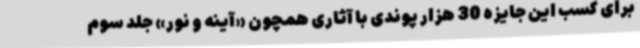
برای کسب این جایزه 30 هزار پوندی با آثاری همچون «آینه و نور» جلد سوم